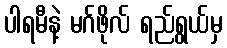
ပါရမီနဲ့ မဂ်ဖိုလ် ရည်ရွယ်မှ